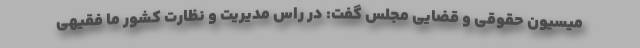
میسیون حقوقی و قضایی مجلس گفت: در راس مدیریت و نظارت کشور ما فقیهی